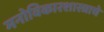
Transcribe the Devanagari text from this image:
मनोविकारशास्त्राचे